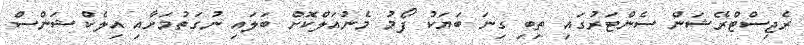
ރެޖިސްޓްރޭޝަން ސެންޓަރުގައި ތިބި ގިނަ ބަޔަކު ފޯމު މެނުއަލްކޮށް ބަލައި ނުގަތުމަށާއި އިލެކްޝަންސް